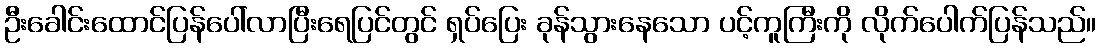
ဦးခေါင်းထောင်ပြန်ပေါ်လာပြီးရေပြင်တွင် ရှပ်ပြေး ခုန်သွားနေသော ပင့်ကူကြီးကို လိုက်ပေါက်ပြန်သည်။